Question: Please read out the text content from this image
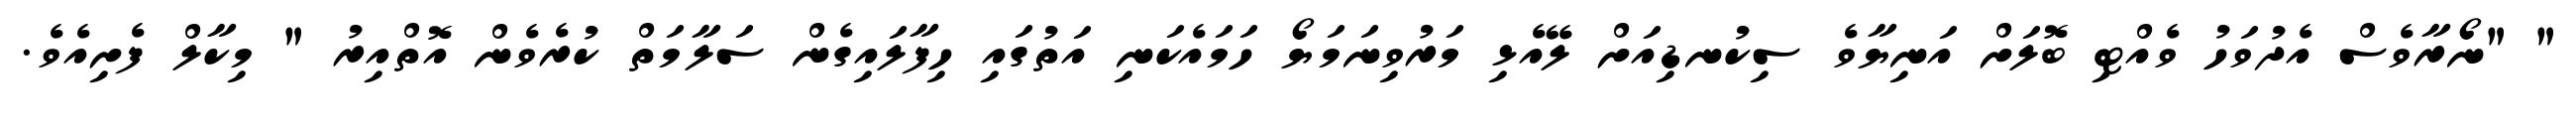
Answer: " "ނޯރާވެސް އެދުވަހު ވެއްޓި ބޮލަށް އަނިޔާވެ ސިކުނޑިއަށް ލޭއެޅި މަރުވިނަމަޔޯ ހަމައެކަނި އަތުގައި ހިފާލައިގެން ސަލާމަތް ކުރެވެން އޮތްއިރު " މިކާލް ފެށިއެވެ.